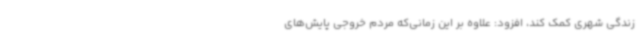
زندگی شهری کمک کند، افزود: علاوه‌ بر این زمانی‌که مردم خروجی پایش‌های